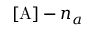
[ \mathrm { A } ] - n _ { a }